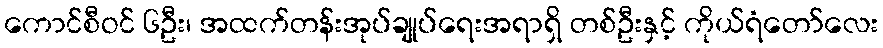
ကောင်စီဝင် ၆ဦး၊ အထက်တန်းအုပ်ချုပ်ရေးအရာရှိ တစ်ဦးနှင့် ကိုယ်ရံတော်လေး